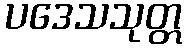
ပဒေသသုတ္တ